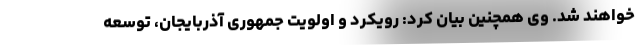
خواهند شد. وی همچنین بیان کرد: رویکرد و اولویت جمهوری آذربایجان، توسعه